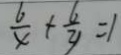
\frac { 6 } { x } + \frac { 6 } { y } = 1